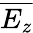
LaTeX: \overline{{E_{z}}}